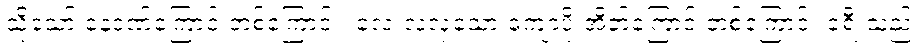
သို့သော် နေဒဏ်ကြောင့် တစ်ကြောင်း၊ လေးလံလှသော ကျောပိုးအိတ်ကြောင့် တစ်ကြောင်း ခရီးသည်